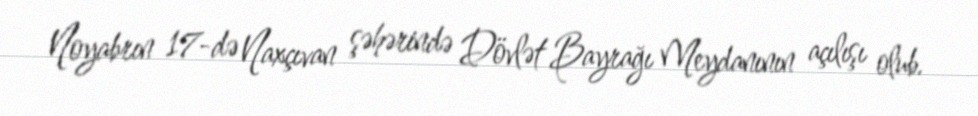
Noyabrın 17-də Naxçıvan şəhərində Dövlət Bayrağı Meydanının açılışı olub.